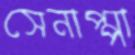
সেনাপ্পা